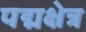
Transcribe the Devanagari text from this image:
पद्मक्षेत्र